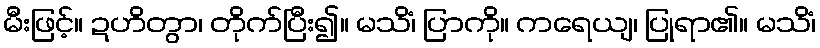
မီးဖြင့်။ ဍဟိတွာ၊ တိုက်ပြီး၍။ မသိံ၊ ပြာကို။ ကရေယျ၊ ပြုရာ၏။ မသိံ၊